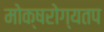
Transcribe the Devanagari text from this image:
मोक्षरोग्यतप